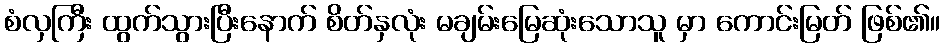
စံလှကြီး ထွက်သွားပြီးနောက် စိတ်နှလုံး မချမ်းမြေဆုံးသောသူ မှာ ကောင်းမြတ် ဖြစ်၏။